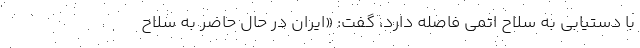
با دستیابی به سلاح اتمی فاصله دارد، گفت: «ایران در حال حاضر به سلاح